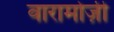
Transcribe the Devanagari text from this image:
वारामोज़ी